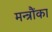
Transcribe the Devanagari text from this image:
मन्त्रौंका